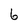
Character: 6